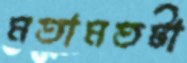
মতামতটা